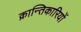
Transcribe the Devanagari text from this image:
क्रान्‍तिकारियों